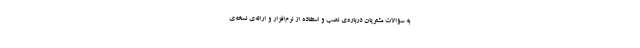
به سؤالات مشتریان درباره‌ی نصب و استفاده از نرم‌افزار و ارائه‌ی نسخه‌ی